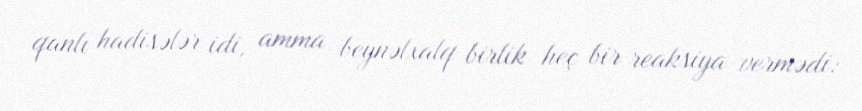
qanlı hadisələr idi, amma beynəlxalq birlik heç bir reaksiya vermədi: